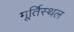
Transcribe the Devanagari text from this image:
मूर्तिस्थल